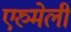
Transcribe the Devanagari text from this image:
एरुमेली